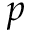
p